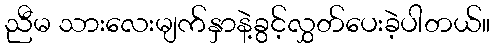
ညီမ သားလေးမျက်နှာနဲ့ခွင့်လွှတ်ပေးခဲ့ပါတယ်။